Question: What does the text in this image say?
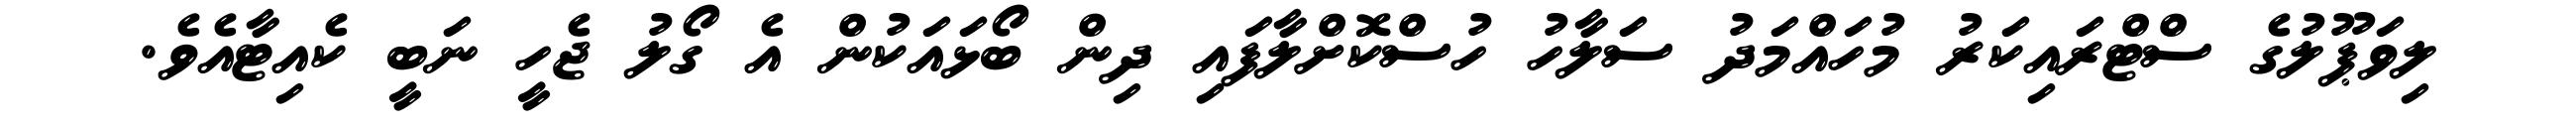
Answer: ލިވަޕޫލުގެ ސްޓްރައިކަރު މުހައްމަދު ސަލާހު ހުސްކޮށްލާފައި ދިން ބޯޅައަކުން އެ ގޯލު ޖެހީ ނަބީ ކެއިޓާއެވެ.